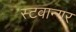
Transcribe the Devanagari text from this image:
स्टवान्गर